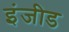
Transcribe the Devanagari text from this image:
इंजीड